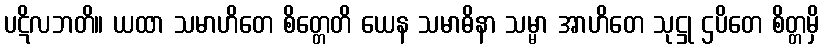
ပဋိလဘတိ။ ယထာ သမာဟိတေ စိတ္တေတိ ယေန သမာဓိနာ သမ္မာ အာဟိတေ သုဋ္ဌု ဌပိတေ စိတ္တမှိ